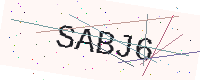
Text: SABJ6